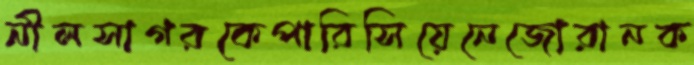
নীলসাগরকেপারিসিয়েনেজোরানক